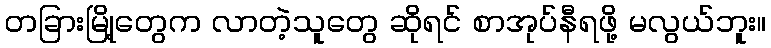
တခြားမြို့တွေက လာတဲ့သူတွေ ဆိုရင် စာအုပ်နီရဖို့ မလွယ်ဘူး။